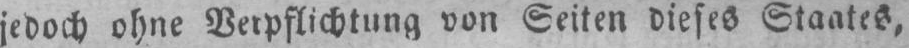
jedoch ohne Verpflichtung von Seiten dieses Staates,